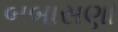
બબાસણા